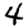
Digit: 4